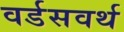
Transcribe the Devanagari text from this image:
वर्डसवर्थ